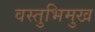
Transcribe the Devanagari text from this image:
वस्तुभिमुख